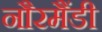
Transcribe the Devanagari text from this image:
नौरमैंडी